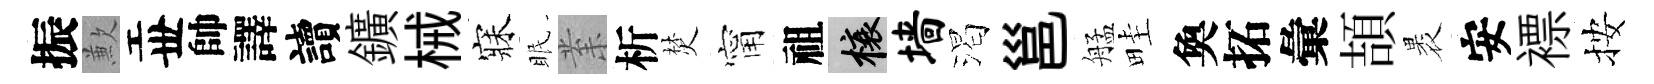
振歉丗帥譯讀鑛械寐眠𭪙析焚甯祖榱墙渴邕艋畦奐拓彙頡褁安褾按